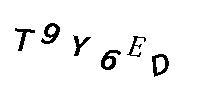
T9Y6ED